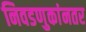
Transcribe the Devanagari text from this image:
निवडणुकांनतर